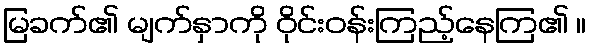
မြခက်၏ မျက်နှာကို ဝိုင်းဝန်းကြည့်နေကြ၏ ။